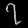
Digit: ၇